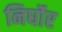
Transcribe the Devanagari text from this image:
निर्घोर